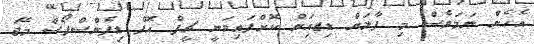
އެހެން ނަމަވެސް މި ފާލަން ޑިޒއަިން ކޮށްފައިވަނީ ޗީފް އޮފް ޑިފެންސްފޯސް މޭޖަ